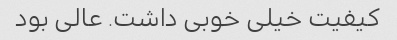
کیفیت خیلی خوبی داشت. عالی بود